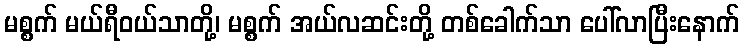
မစ္စက် မယ်ရီဝယ်သာတို့၊ မစ္စက် အယ်လဆင်းတို့ တစ်ခေါက်သာ ပေါ်လာပြီးနောက်